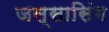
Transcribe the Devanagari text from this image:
जस्सासिंग